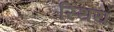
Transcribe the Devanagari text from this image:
स्थिय